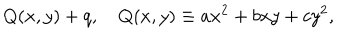
Q ( x , y ) + q , Q ( x , y ) \equiv a x ^ { 2 } + b x y + c y ^ { 2 } ,